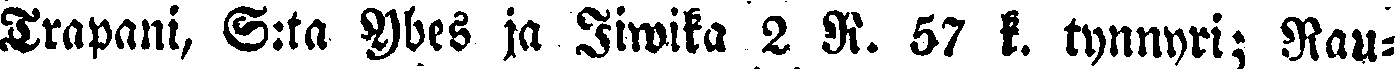
Trapani, S:tä - Ybes ja Jiwika 2 R. 57 k. tynnyri; Rau-